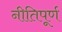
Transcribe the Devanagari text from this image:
नीतिपूर्ण